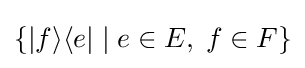
\{|f\rangle \langle e|\mid e\in E,\;f\in F\}